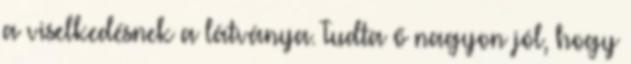
a viselkedésnek a látványa. Tudta ő nagyon jól, hogy